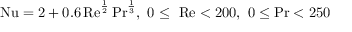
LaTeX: \mathrm { N u } = 2 + 0 . 6 \, \mathrm { R e } ^ { \frac { 1 } { 2 } } \, \mathrm { P r } ^ { \frac { 1 } { 3 } } , ~ 0 \leq ~ \mathrm { R e } < 2 0 0 , ~ 0 \leq \mathrm { P r } < 2 5 0